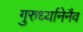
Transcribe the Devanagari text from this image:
गुरुर्ध्यानेनैव